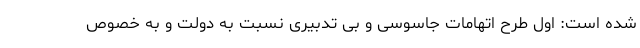
شده است: اول طرح اتهامات جاسوسی و بی تدبیری نسبت به دولت و به خصوص